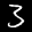
Label: 3